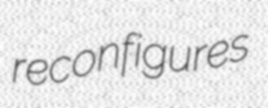
reconfigures